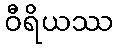
ဝီရိယဿ